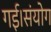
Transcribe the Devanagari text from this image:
गई।संयोग